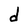
Character: d